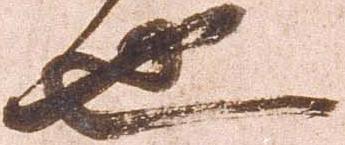
也